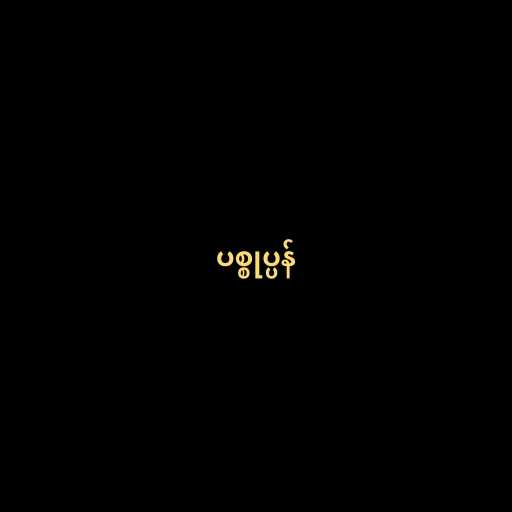
ပစ္စုပ္ပန်